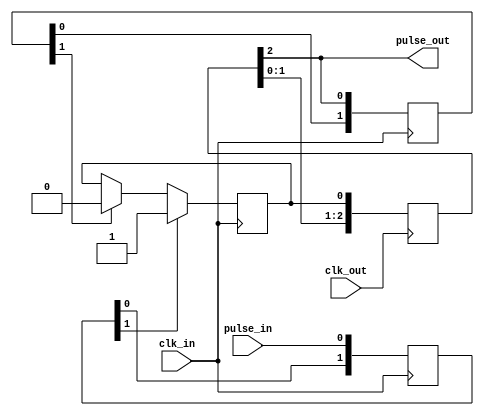
module cdc_reset_sync (
    input wire clk_in,
    input wire pulse_in,
    input wire clk_out,
    output wire pulse_out
);

wire aq_sync;

reg [1:0] in_pre_sync;
always@(posedge clk_in) begin
    in_pre_sync[0] <= pulse_in;
    in_pre_sync[1] <= in_pre_sync[0];
end

reg in_sync_pulse;
initial in_sync_pulse = 0; //works only in FPGA
always@(posedge clk_in) begin
    if (in_pre_sync[1])
        in_sync_pulse <= 1;
    else if (aq_sync)
        in_sync_pulse <= 0;
end

reg [2:0] out_sync;
always@(posedge clk_out) begin
    out_sync[0] <= in_sync_pulse;
    out_sync[1] <= out_sync[0];
    out_sync[2] <= out_sync[1];
end

assign pulse_out = out_sync[2];	
    
reg [1:0] aq_sync_ff;
always@(posedge clk_in) begin
    aq_sync_ff[0] <= out_sync[2];
    aq_sync_ff[1] <= aq_sync_ff[0];
end

assign aq_sync = aq_sync_ff[1];

endmodule